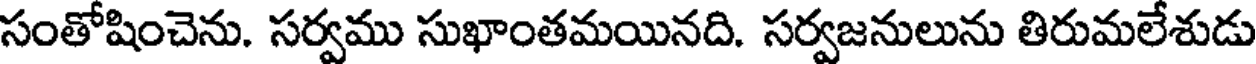
సంతోషించెను. సర్వము సుఖాంతమయినది. సర్వజనులును తిరుమలేశుడు